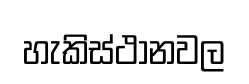
හැකිස්ථානවල